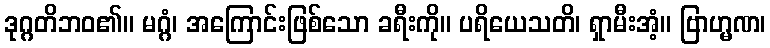
ဒုဂ္ဂတိဘဝ၏။ မဂ္ဂံ၊ အကြောင်းဖြစ်သော ခရီးကို။ ပရိယေသတိ၊ ရှာမီးအံ့။ ဗြာဟ္မဏ၊